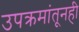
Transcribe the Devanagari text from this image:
उपक्रमांतूनही